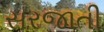
સરજાતી